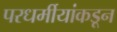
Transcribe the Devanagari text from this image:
परधर्मीयांकडून